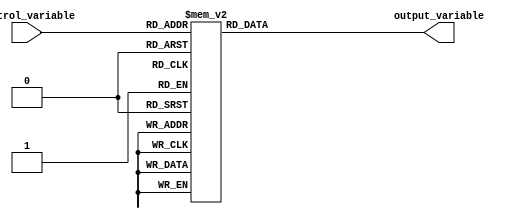
module case_statement_example (
    input [2:0] control_variable,
    output reg [3:0] output_variable
);

always @* begin
    case (control_variable)
        3'b000: output_variable = 4'b0000;
        3'b001: output_variable = 4'b0001;
        3'b010: output_variable = 4'b0010;
        3'b011: output_variable = 4'b0011;
        3'b100: output_variable = 4'b0100;
        3'b101: output_variable = 4'b0101;
        3'b110: output_variable = 4'b0110;
        3'b111: output_variable = 4'b0111;
        default: output_variable = 4'b1111;
    endcase
end

endmodule